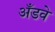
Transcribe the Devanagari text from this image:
अँडवे